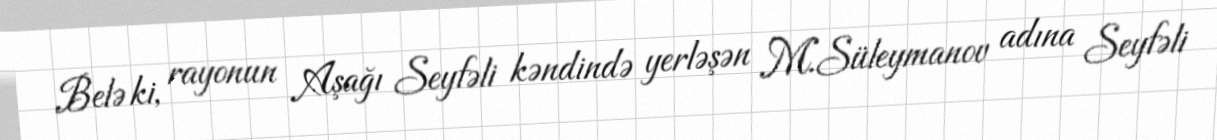
Belə ki, rayonun Aşağı Seyfəli kəndində yerləşən M.Süleymanov adına Seyfəli